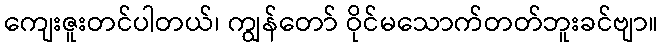
ကျေးဇူးတင်ပါတယ်၊ ကျွန်တော် ဝိုင်မသောက်တတ်ဘူးခင်ဗျာ။